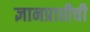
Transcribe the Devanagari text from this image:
ज्ञानप्राप्तीची